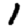
Digit: 1